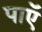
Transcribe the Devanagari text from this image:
पाएॅ